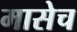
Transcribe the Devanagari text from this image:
मासेच